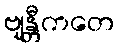
ဗျန္တီကတေ